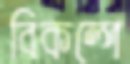
বিকল্পে